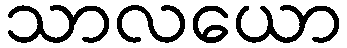
သာလယော